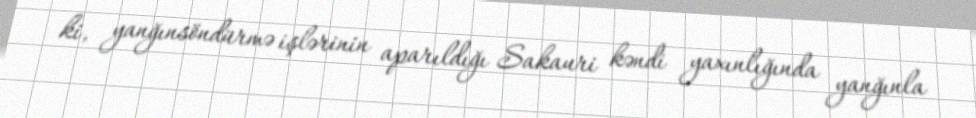
ki, yanğınsöndürmə işlərinin aparıldığı Sakauri kəndi yaxınlığında yanğınla